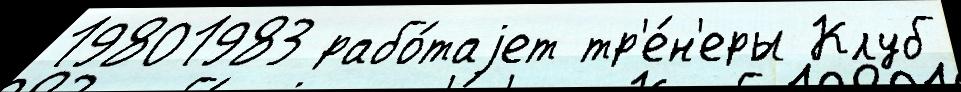
19801983 рабо́таjет тр'е́н'еры Клуб